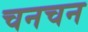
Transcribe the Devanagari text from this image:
चनचन